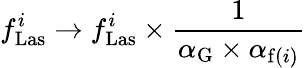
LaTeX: f_{\mathrm{Las}}^{i}\to f_{\mathrm{Las}}^{i}\times\frac{1}{\alpha_{\mathrm{G}}\times\alpha_{\mathrm{f}(i)}}